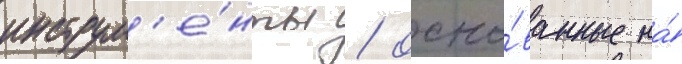
инструм'е́нты / осно́ванные на́